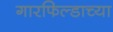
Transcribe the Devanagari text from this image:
गारफिल्डाच्या